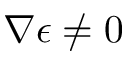
\nabla \epsilon \neq 0